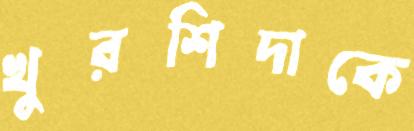
খুরশিদাকে